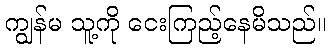
ကျွန်မ သူ့ကို ငေးကြည့်နေမိသည်။